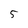
Character: 5